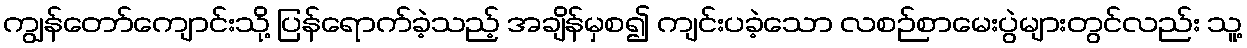
ကျွန်တော်ကျောင်းသို့ ပြန်ရောက်ခဲ့သည့် အချိန်မှစ၍ ကျင်းပခဲ့သော လစဉ်စာမေးပွဲများတွင်လည်း သူ့